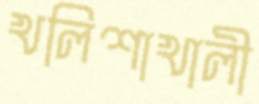
খলিশাখালী